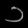
Digit: ၁